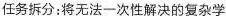
任务拆分：将无法一次性解决的复杂学